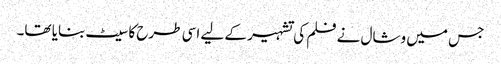
جس میں وشال نے فلم کی تشہیر کے لیے اسی طرح کا سیٹ بنایا تھا۔